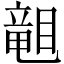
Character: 𥉩